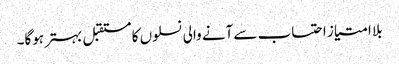
بلا امتیاز احتساب سے آنے والی نسلوں کا مستقبل بہتر ہوگا۔